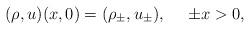
LaTeX: \begin{align*}(\rho,u)(x,0)=(\rho_\pm,u_\pm),\ \ \ \ \pm x>0,\end{align*}